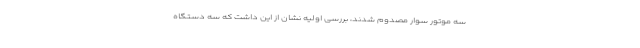
سه موتور سوار مصدوم شدند، بررسی اولیه نشان از این داشت که سه دستگاه